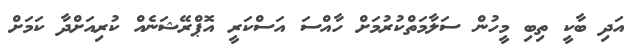
އަދި ބާކީ ތިބި މީހުން ސަލާމަތްކުރުމަށް ހާއްސަ އަސްކަރީ އޮޕްރޭޝަނެއް ކުރިއަށްދާ ކަމަށް